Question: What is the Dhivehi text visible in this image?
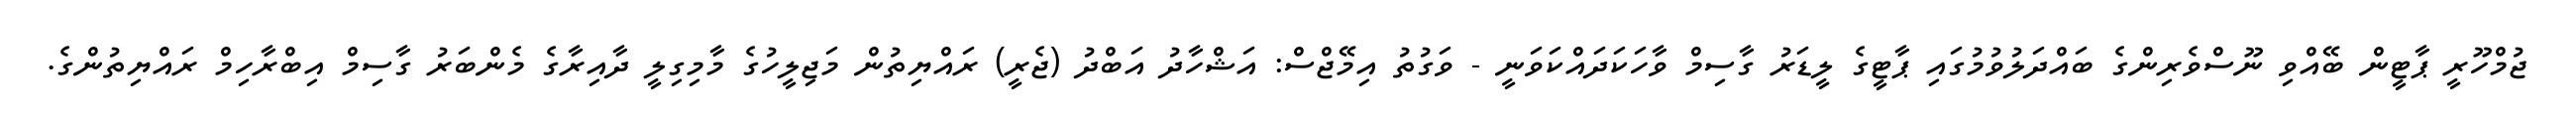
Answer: ޖުމްހޫރީ ޕާޓީން ބޭއްވި ނޫސްވެރިންގެ ބައްދަލުވުމުގައި ޕާޓީގެ ލީޑަރު ގާސިމް ވާހަކަދައްކަވަނީ - ވަގުތު އިމޭޖްސް: އަޝްހާދު އަބްދު (ޖެރީ) ރައްޔިތުން މަޖިލީހުގެ މާމިގިލީ ދާއިރާގެ މެންބަރު ގާސިމް އިބްރާހިމް ރައްޔިތުންގެ.